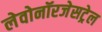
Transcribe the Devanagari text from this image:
लेवोनॉरजेसट्रेल